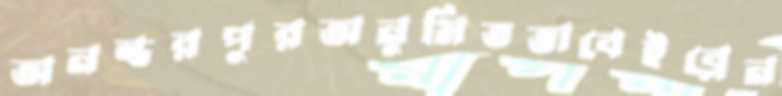
অনন্তরপুরঅনুমিতভাবেইব্লেন